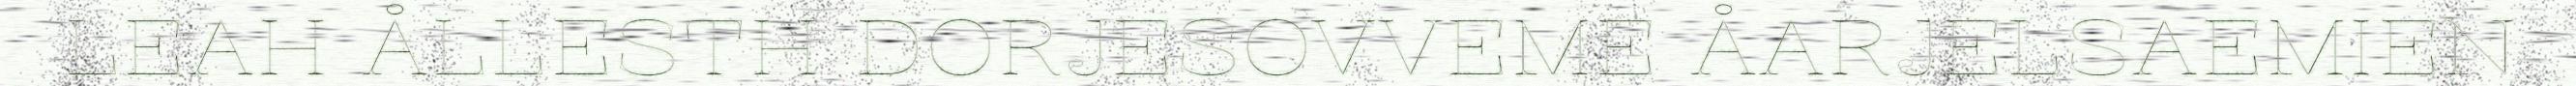
LEAH ÅLLESTH DORJESOVVEME ÅARJELSAEMIEN